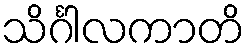
သိင်္ဂါလကာတိ